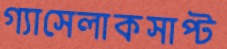
গ্যাসেলাকসাপ্ট